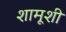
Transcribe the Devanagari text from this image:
शामूशी